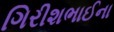
ગિરીશભાઈના